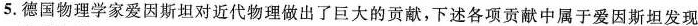
5.德国物理学家爱因斯坦对近代物理做出了巨大的贡献，下述各项贡献中属于爱因斯坦发现